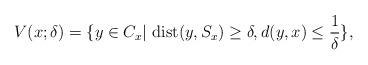
LaTeX: \begin{align*} V(x;\delta)=\{y\in C_x|~{\rm dist}(y,S_x)\geq \delta, d(y,x)\leq\frac{1}{\delta}\}, \end{align*}